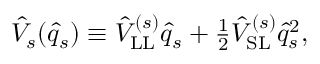
\begin{array} { r } { \hat { V } _ { s } ( \hat { q } _ { s } ) \equiv \hat { V } _ { \mathrm { L L } } ^ { ( s ) } \hat { q } _ { s } + \frac { 1 } { 2 } \hat { V } _ { \mathrm { S L } } ^ { ( s ) } \hat { q } _ { s } ^ { 2 } , } \end{array}